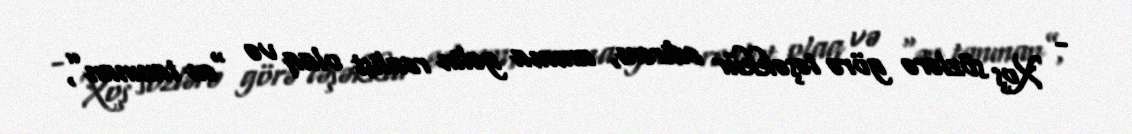
- Xoş sözlərə görə təşəkkür edirəm, amma gəlin realist olaq və “ən tanınan”,